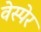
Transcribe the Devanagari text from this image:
वेस्पेर